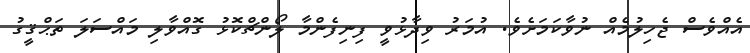
އެއްވެސް ޖެހިލުމެއް ނުވާކަމަށެެވެ. އުމަރު ވިދާޅުވީ ފިނިފެންމާ ލޯންޗްކޮޅު ގޮއްވާލި މައްސަލަ ތަޙްޤީގު